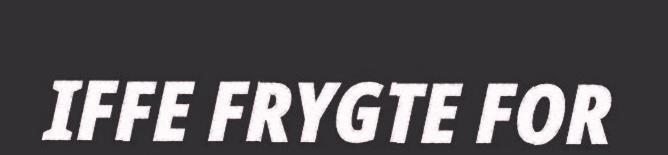
IFFE FRYGTE FOR